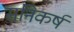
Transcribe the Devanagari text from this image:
संनिकर्ष